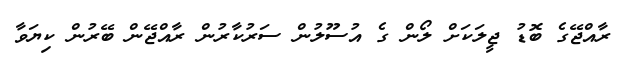
ރާއްޖޭގެ ބޮޑު ޖީލަކަށް ލޯން ގެ އުސޫލުން ސަރުކާރުން ރާއްޖޭން ބޭރުން ކިޔަވާ